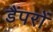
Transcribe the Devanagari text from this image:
डैंपरों